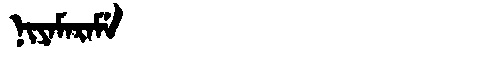
Manchu: ᠨᡳᠶᠠᠮᠠᡵᠠᠮᡝ
Romanization: NIYAMARAME